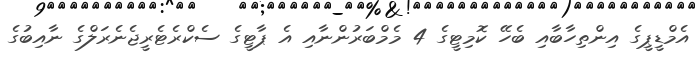
އެމްޑީޕީގެ އިންތިހާބާއި ބެހޭ ކޮމިޓީގެ 4 މެމްބަރުންނާއި އެ ޕާޓީގެ ސެކްރެޓެރީޖެނެރަލްގެ ނާއިބުގެ